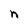
Character: n